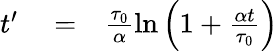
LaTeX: \begin{array}{rlr}{t^{\prime}}&{{}=}&{\frac{\tau_{0}}{\alpha}\ln{\left(1+\frac{\alpha t}{\tau_{0}}\right)}}\end{array}